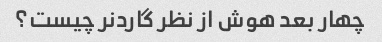
چهار بعد هوش از نظر گاردنر چیست؟